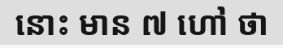
នោះ មាន ៧ ហៅ ថា